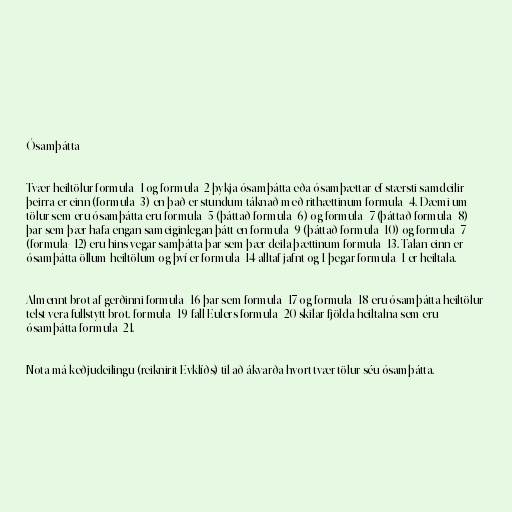
Ósamþátta

Tvær heiltölur formula_1 og formula_2 þykja ósamþátta eða ósamþættar ef stærsti samdeilir
þeirra er einn (formula_3) en það er stundum táknað með rithættinum formula_4. Dæmi um
tölur sem eru ósamþátta eru formula_5 (þáttað formula_6) og formula_7 (þáttað formula_8)
þar sem þær hafa engan sameiginlegan þátt en formula_9 (þáttað formula_10) og formula_7
(formula_12) eru hins vegar samþátta þar sem þær deila þættinum formula_13. Talan einn er
ósamþátta öllum heiltölum og því er formula_14 alltaf jafnt og 1 þegar formula_1 er heiltala.

Almennt brot af gerðinni formula_16 þar sem formula_17 og formula_18 eru ósamþátta heiltölur
telst vera fullstytt brot. formula_19-fall Eulers formula_20 skilar fjölda heiltalna sem eru
ósamþátta formula_21.

Nota má keðjudeilingu (reiknirit Evklíðs) til að ákvarða hvort tvær tölur séu ósamþátta.